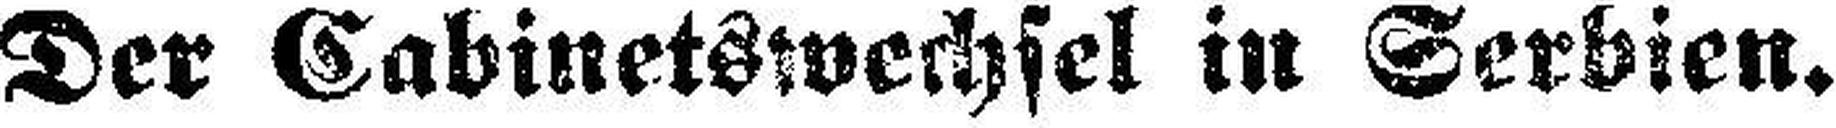
Der Cabinetswechsel in Serbien.